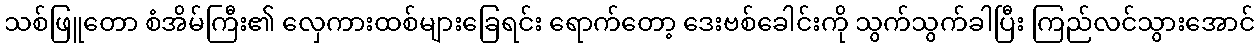
သစ်ဖြူတော စံအိမ်ကြီး၏ လှေကားထစ်များခြေရင်း ရောက်တော့ ဒေးဗစ်ခေါင်းကို သွက်သွက်ခါပြီး ကြည်လင်သွားအောင်